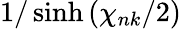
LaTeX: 1/\sinh{(\chi_{nk}/2)}